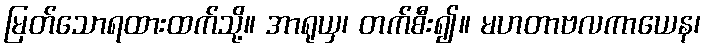
မြတ်သောရထားထက်သို့။ အာရုယှ၊ တက်စီး၍။ မဟတာဗလကာယေန၊